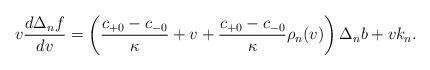
LaTeX: \begin{align*} v\frac{d\Delta_nf}{dv}=\left(\frac{c_{+0}-c_{-0}}{\kappa}+v+\frac{c_{+0}-c_{-0}}{\kappa}\rho_n(v)\right)\Delta_nb+vk_n.\end{align*}